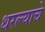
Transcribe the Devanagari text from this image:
धरल्याचे